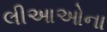
લીઆઓના